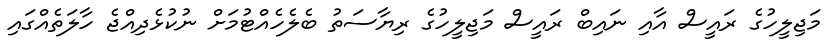
މަޖިލީހުގެ ރައީސް އާއި ނައިބް ރައީސް މަޖިލީހުގެ ރިޔާސަތު ބެލެހެއްޓުމަށް ނުކުޅެދިއްޖެ ހާލަތެއްގައި